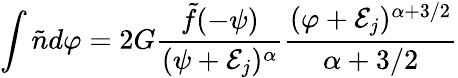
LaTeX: \int\tilde{n}d\varphi=2G{\frac{\tilde{f}(-\psi)}{(\psi+{\cal E}_{j})^{\alpha}}}{\frac{(\varphi+{\cal E}_{j})^{\alpha+3/2}}{\alpha+3/2}}